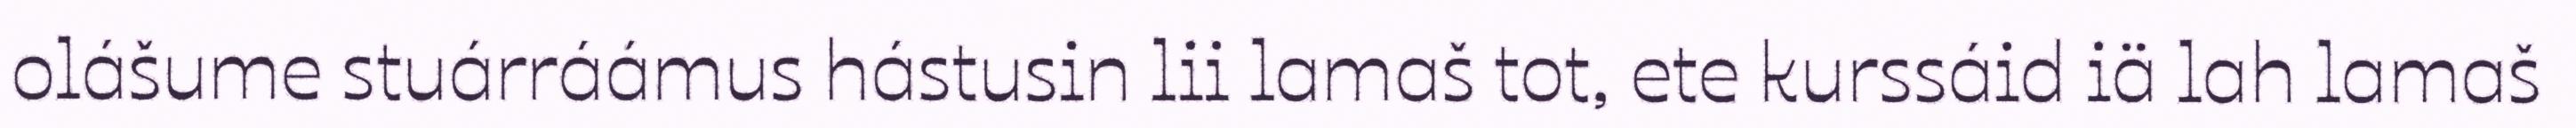
olášume stuárráámus hástusin lii lamaš tot, ete kurssáid iä lah lamaš